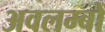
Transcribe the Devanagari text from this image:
अवलम्बों